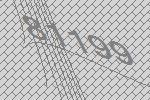
81199